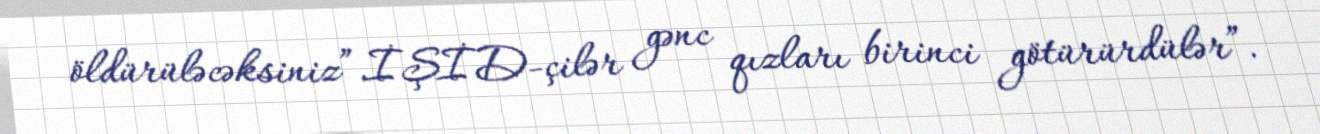
öldürüləcəksiniz”.İŞİD-çilər gənc qızları birinci götürürdülər”.